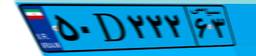
۸۵D۵۴۹۳۳